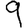
Digit: 9